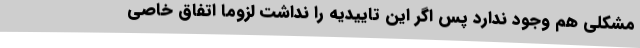
مشکلی هم وجود ندارد پس اگر این تاییدیه را نداشت لزوما اتفاق خاصی